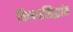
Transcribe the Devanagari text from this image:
विभयसिद्धांत